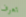
تعرف